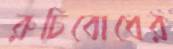
রুচিবোধের